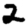
Digit: 2